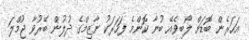
އަހަރެން ބޮޑަށް ލޯބިވެއޭ ބުނާ ކޮންމެ ފަހަރަކު ނާޒިމްގެ ދުލުން ބޭރުވާ ޖުމްލަ